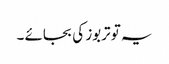
یہ تو تربوز کی بجائے ۔